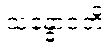
သန္ဓောဝတိ